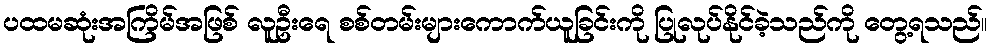
ပထမဆုံးအကြိမ်အဖြစ် လူဦးရေ စစ်တမ်းများကောက်ယူခြင်းကို ပြုလုပ်နိုင်ခဲ့သည်ကို တွေ့ရသည်။